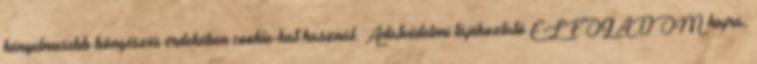
kényelmesebb böngészés érdekében cookie-kat használ. Adatvédelmi tájékoztató ELFOGADOM hajrá,